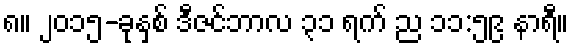
၈။ ၂၀၁၅-ခုနှစ် ဒီဇင်ဘာလ ၃၁ ရက် ည ၁၁:၅၉ နာရီ။